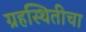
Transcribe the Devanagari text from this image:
ग्रहस्थितीचा